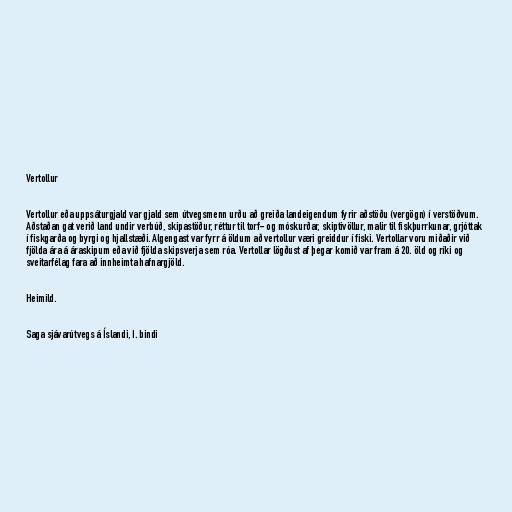
Vertollur

Vertollur eða uppsáturgjald var gjald sem útvegsmenn urðu að greiða landeigendum fyrir aðstöðu (vergögn) í verstöðvum.
Aðstaðan gat verið land undir verbúð, skipastöður, réttur til torf- og móskurðar, skiptivöllur, malir til fiskþurrkunar, grjóttak
í fiskgarða og byrgi og hjallstæði. Algengast var fyrr á öldum að vertollur væri greiddur í fiski. Vertollar voru miðaðir við
fjölda ára á áraskipum eða við fjölda skipsverja sem róa. Vertollar lögðust af þegar komið var fram á 20. öld og ríki og
sveitarfélag fara að innheimta hafnargjöld.

Heimild.

Saga sjávarútvegs á Íslandi, I. bindi